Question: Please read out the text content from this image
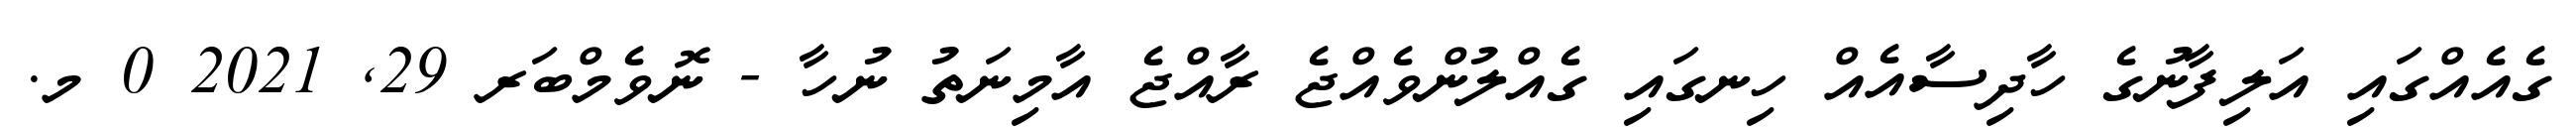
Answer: ގެއެއްގައި އަލިފާނުގެ ހާދިސާއެއް ހިނގައި ގެއްލުންވެއްޖެ ރާއްޖެ އާމިނަތު ނުހާ - ނޮވެމްބަރ 29, 2021 0 މ.